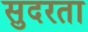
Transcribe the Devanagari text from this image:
सुदरता